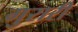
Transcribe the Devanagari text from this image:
गुरारी